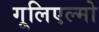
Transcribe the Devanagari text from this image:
गूलिएल्मो